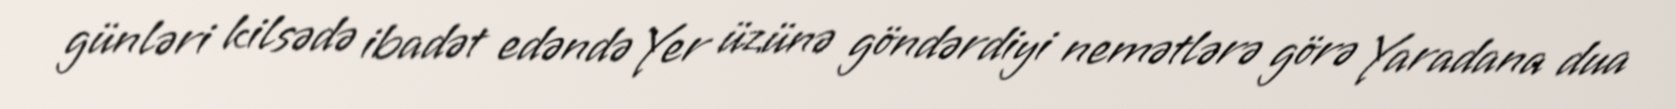
günləri kilsədə ibadət edəndə Yer üzünə göndərdiyi nemətlərə görə Yaradana dua